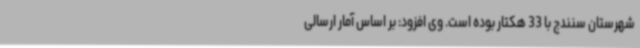
شهرستان سنندج با 33 هکتار بوده است. وی افزود: بر اساس آمار ارسالی